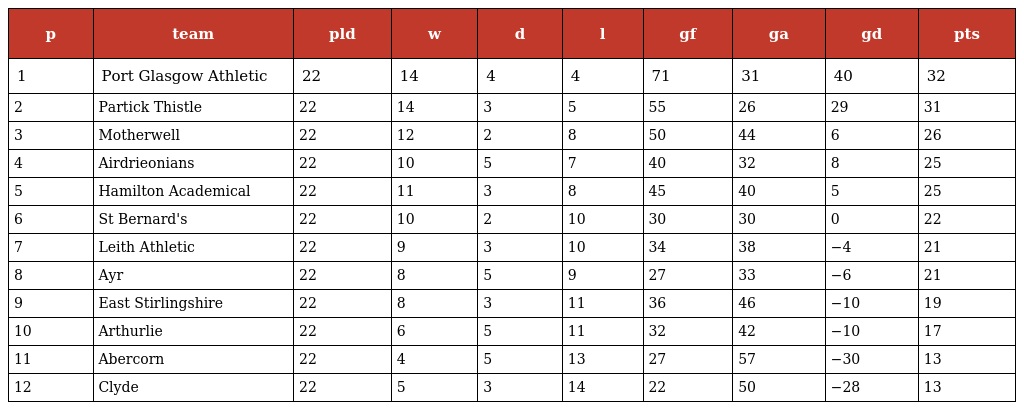
| p | team | pld | w | d | l | gf | ga | gd | pts |
 | --- | --- | --- | --- | --- | --- | --- | --- | --- | --- |
 | 1 | Port Glasgow Athletic | 22 | 14 | 4 | 4 | 71 | 31 | 40 | 32 |
 | 2 | Partick Thistle | 22 | 14 | 3 | 5 | 55 | 26 | 29 | 31 |
 | 3 | Motherwell | 22 | 12 | 2 | 8 | 50 | 44 | 6 | 26 |
 | 4 | Airdrieonians | 22 | 10 | 5 | 7 | 40 | 32 | 8 | 25 |
 | 5 | Hamilton Academical | 22 | 11 | 3 | 8 | 45 | 40 | 5 | 25 |
 | 6 | St Bernard's | 22 | 10 | 2 | 10 | 30 | 30 | 0 | 22 |
 | 7 | Leith Athletic | 22 | 9 | 3 | 10 | 34 | 38 | −4 | 21 |
 | 8 | Ayr | 22 | 8 | 5 | 9 | 27 | 33 | −6 | 21 |
 | 9 | East Stirlingshire | 22 | 8 | 3 | 11 | 36 | 46 | −10 | 19 |
 | 10 | Arthurlie | 22 | 6 | 5 | 11 | 32 | 42 | −10 | 17 |
 | 11 | Abercorn | 22 | 4 | 5 | 13 | 27 | 57 | −30 | 13 |
 | 12 | Clyde | 22 | 5 | 3 | 14 | 22 | 50 | −28 | 13 |